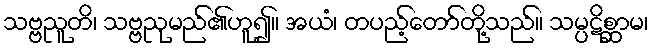
သဗ္ဗညူတိ၊ သဗ္ဗညုမည်၏ဟူ၍။ အယံ၊ တပည့်တော်တို့သည်။ သမ္ပဋိစ္ဆာမ၊